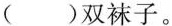
()双袜子。